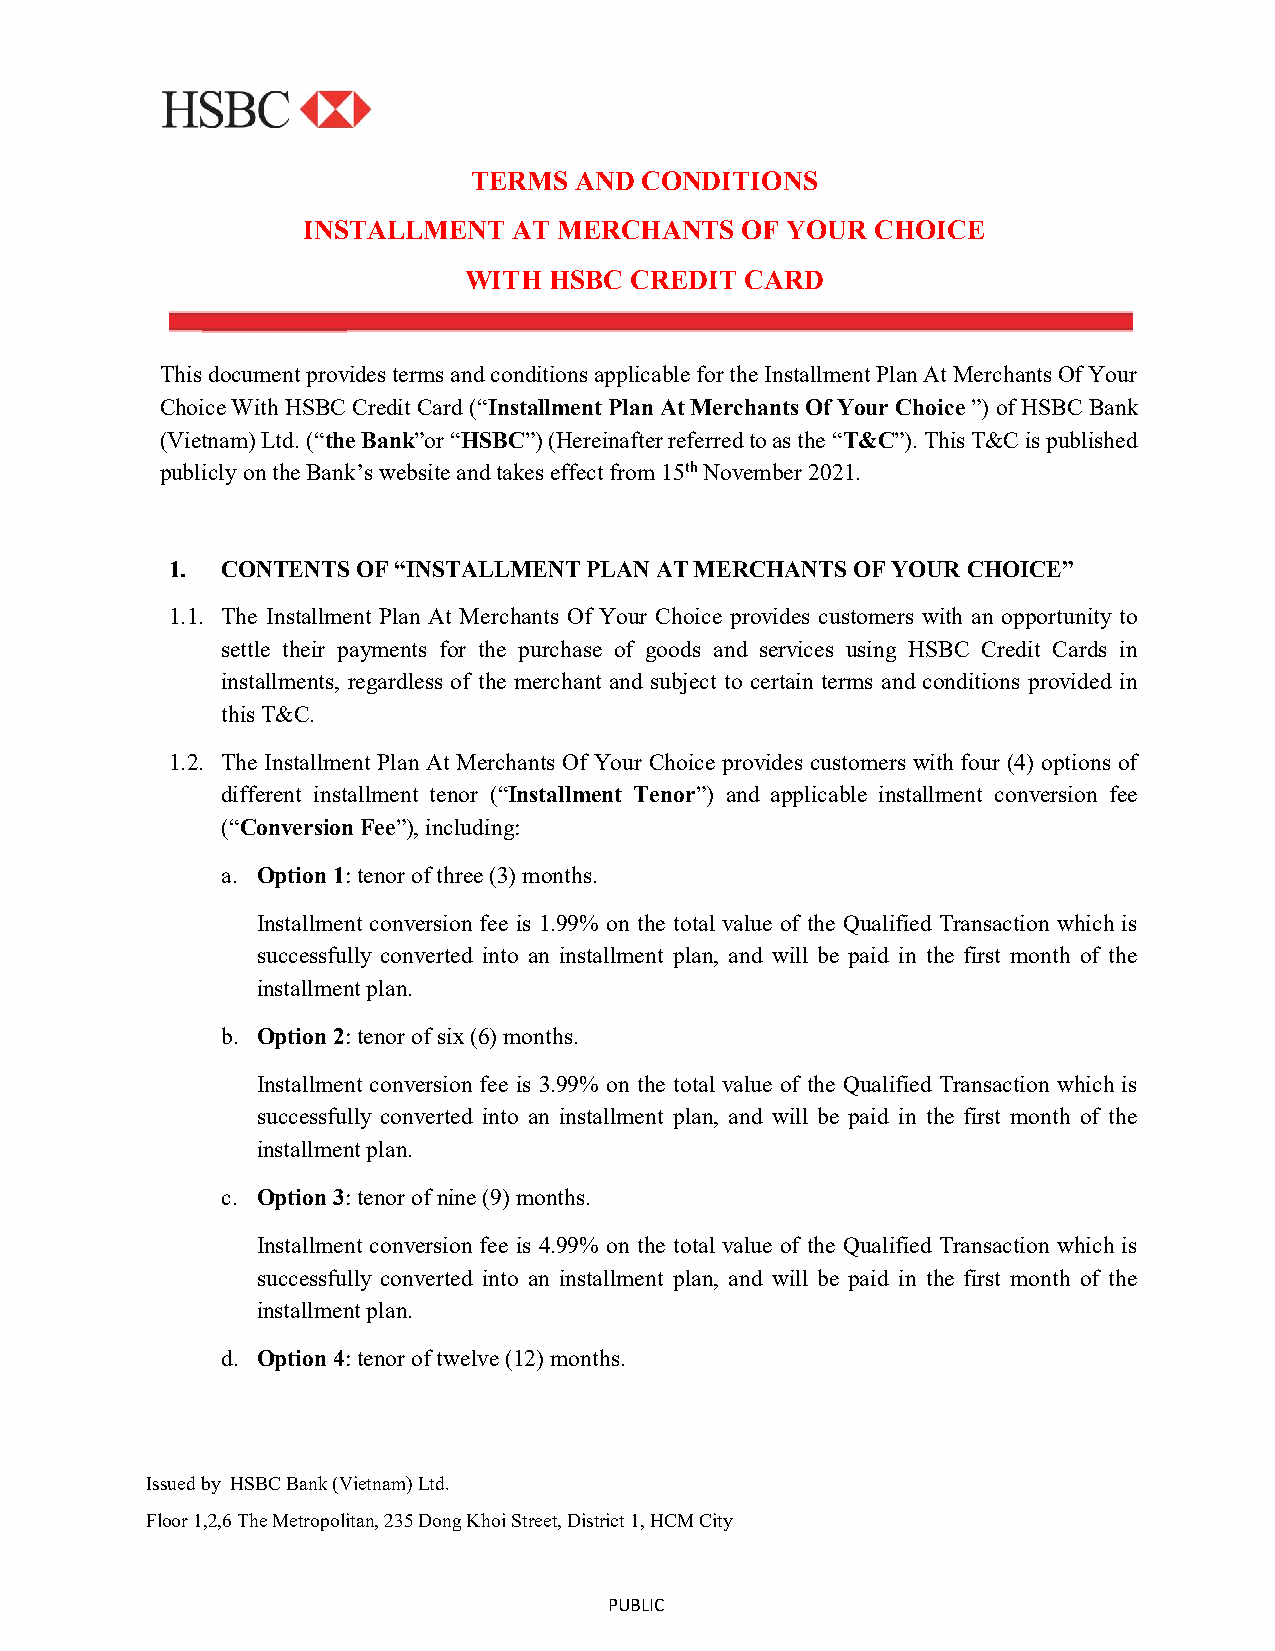
TERMS  AND CONDITIONS
 INSTALLMENT   AT MERCHANTS   OF YOUR  CHOICE
 WITH HSBC  CREDIT CARD
 This document provides terms and conditions applicable for the Installment Plan At Merchants Of Your
 Choice With HSBC Credit Card (“Installment Plan At Merchants Of Your Choice ”) of HSBC Bank
 (Vietnam) Ltd. (“the Bank”or “HSBC”) (Hereinafter referred to as the “T&C”). This T&C is published
 publicly on the Bank’s website and takes effect from 15th November 2021.
 1.  CONTENTS OF “INSTALLMENT PLAN AT MERCHANTS OF YOUR CHOICE”
 1.1. The Installment Plan At Merchants Of Your Choice provides customers with an opportunity to
 settle their payments for the purchase of goods and services using HSBC Credit Cards in
 installments, regardless of the merchant and subject to certain terms and conditions provided in
 this T&C.
 1.2. The Installment Plan At Merchants Of Your Choice provides customers with four (4) options of
 different installment tenor (“Installment Tenor”) and applicable installment conversion fee
 (“Conversion Fee”), including:
 a. Option 1: tenor of three (3) months.
 Installment conversion fee is 1.99% on the total value of the Qualified Transaction which is
 successfully converted into an installment plan, and will be paid in the first month of the
 installment plan.
 b. Option 2: tenor of six (6) months.
 Installment conversion fee is 3.99% on the total value of the Qualified Transaction which is
 successfully converted into an installment plan, and will be paid in the first month of the
 installment plan.
 c. Option 3: tenor of nine (9) months.
 Installment conversion fee is 4.99% on the total value of the Qualified Transaction which is
 successfully converted into an installment plan, and will be paid in the first month of the
 installment plan.
 d. Option 4: tenor of twelve (12) months.
 Issued by HSBC Bank (Vietnam) Ltd.
 Floor 1,2,6 The Metropolitan, 235 Dong Khoi Street, District 1, HCM City
 PUBLIC